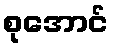
စုအောင်